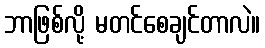
ဘာဖြစ်လို့ မတင်စေချင်တာလဲ။